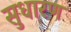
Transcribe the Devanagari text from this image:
सुधारण